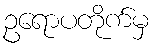
ဥရောပတိုက်မှ